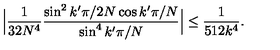
\Big | \frac { 1 } { 3 2 N ^ { 4 } } \frac { \sin ^ { 2 } k ^ { \prime } \pi / 2 N \cos k ^ { \prime } \pi / N } { \sin ^ { 4 } k ^ { \prime } \pi / N } \Big | \leq \frac { 1 } { 5 1 2 k ^ { 4 } } .